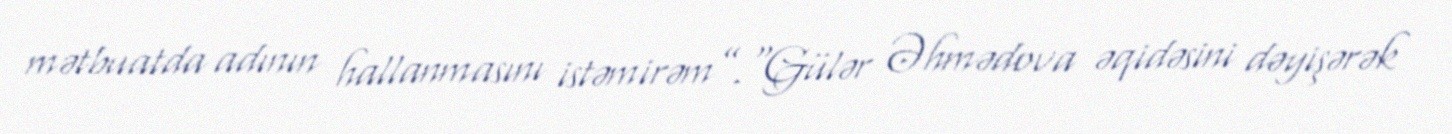
mətbuatda adının hallanmasını istəmirəm”.“Gülər Əhmədova əqidəsini dəyişərək